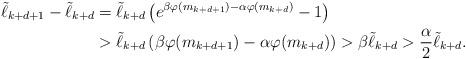
\begin{align*}\tilde \ell_{k+d+1} - \tilde\ell_{k+d} &= \tilde \ell_{k+d} \left( e^{\beta \varphi(m_{k+d+1}) - \alpha\varphi(m_{k+d}) } -1 \right) \\&> \tilde \ell_{k+d} \left( \beta \varphi(m_{k+d+1}) - \alpha\varphi(m_{k+d}) \right) > \beta \tilde \ell_{k+d} > \frac{\alpha}{2} \tilde \ell_{k+d}.\end{align*}